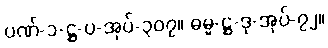
ပဏ်-၁-ဋ္ဌ-ပ-အုပ်-၃၀၇။ ဓမ္မ-ဋ္ဌ-ဒု-အုပ်-၇၂။